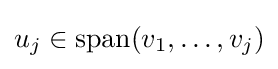
u_{j}\in \operatorname {span} (v_{1},\ldots ,v_{j})